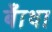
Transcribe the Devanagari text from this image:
बँाधा